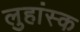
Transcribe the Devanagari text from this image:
लुहांस्क